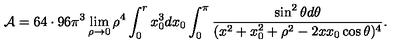
{ \cal A } = 6 4 \cdot 9 6 \pi ^ { 3 } \lim _ { \rho \rightarrow 0 } \rho ^ { 4 } \int _ { 0 } ^ { r } x _ { 0 } ^ { 3 } d x _ { 0 } \int _ { 0 } ^ { \pi } { \frac { \sin ^ { 2 } \theta d \theta } { ( x ^ { 2 } + x _ { 0 } ^ { 2 } + \rho ^ { 2 } - 2 x x _ { 0 } \cos \theta ) ^ { 4 } } } .